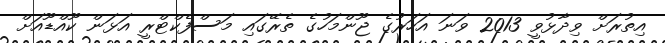
އިތުރަށް ވިދާޅުވީ 2013 ވަނަ އަހަރުގެ ޖޫންމަހުގެ ތެރޭގައި މަސްފެކްޓްރީ އަޅަން ކޫއްޑޫއަށް